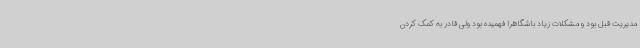
مدیریت قبل بود و مشکلات زیاد باشگاهرا فهمیده بود ولی قادر به کمک کردن